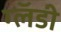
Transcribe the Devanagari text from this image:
ग्लॅडी